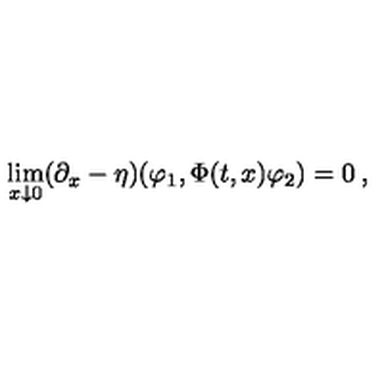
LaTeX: \lim _ { x \downarrow 0 } ( \partial _ { x } - \eta ) ( \varphi _ { 1 } , \Phi ( t , x ) \varphi _ { 2 } ) = 0 \: , \nonumber